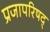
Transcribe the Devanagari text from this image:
प्रजापरिषद्